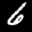
Label: 6